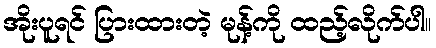
အိုးပူရင် ပြားထားတဲ့ မုန့်ကို ထည့်လိုက်ပါ။